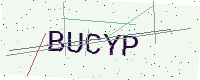
Text: BUCYP